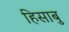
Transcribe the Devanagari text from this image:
हिसाबु